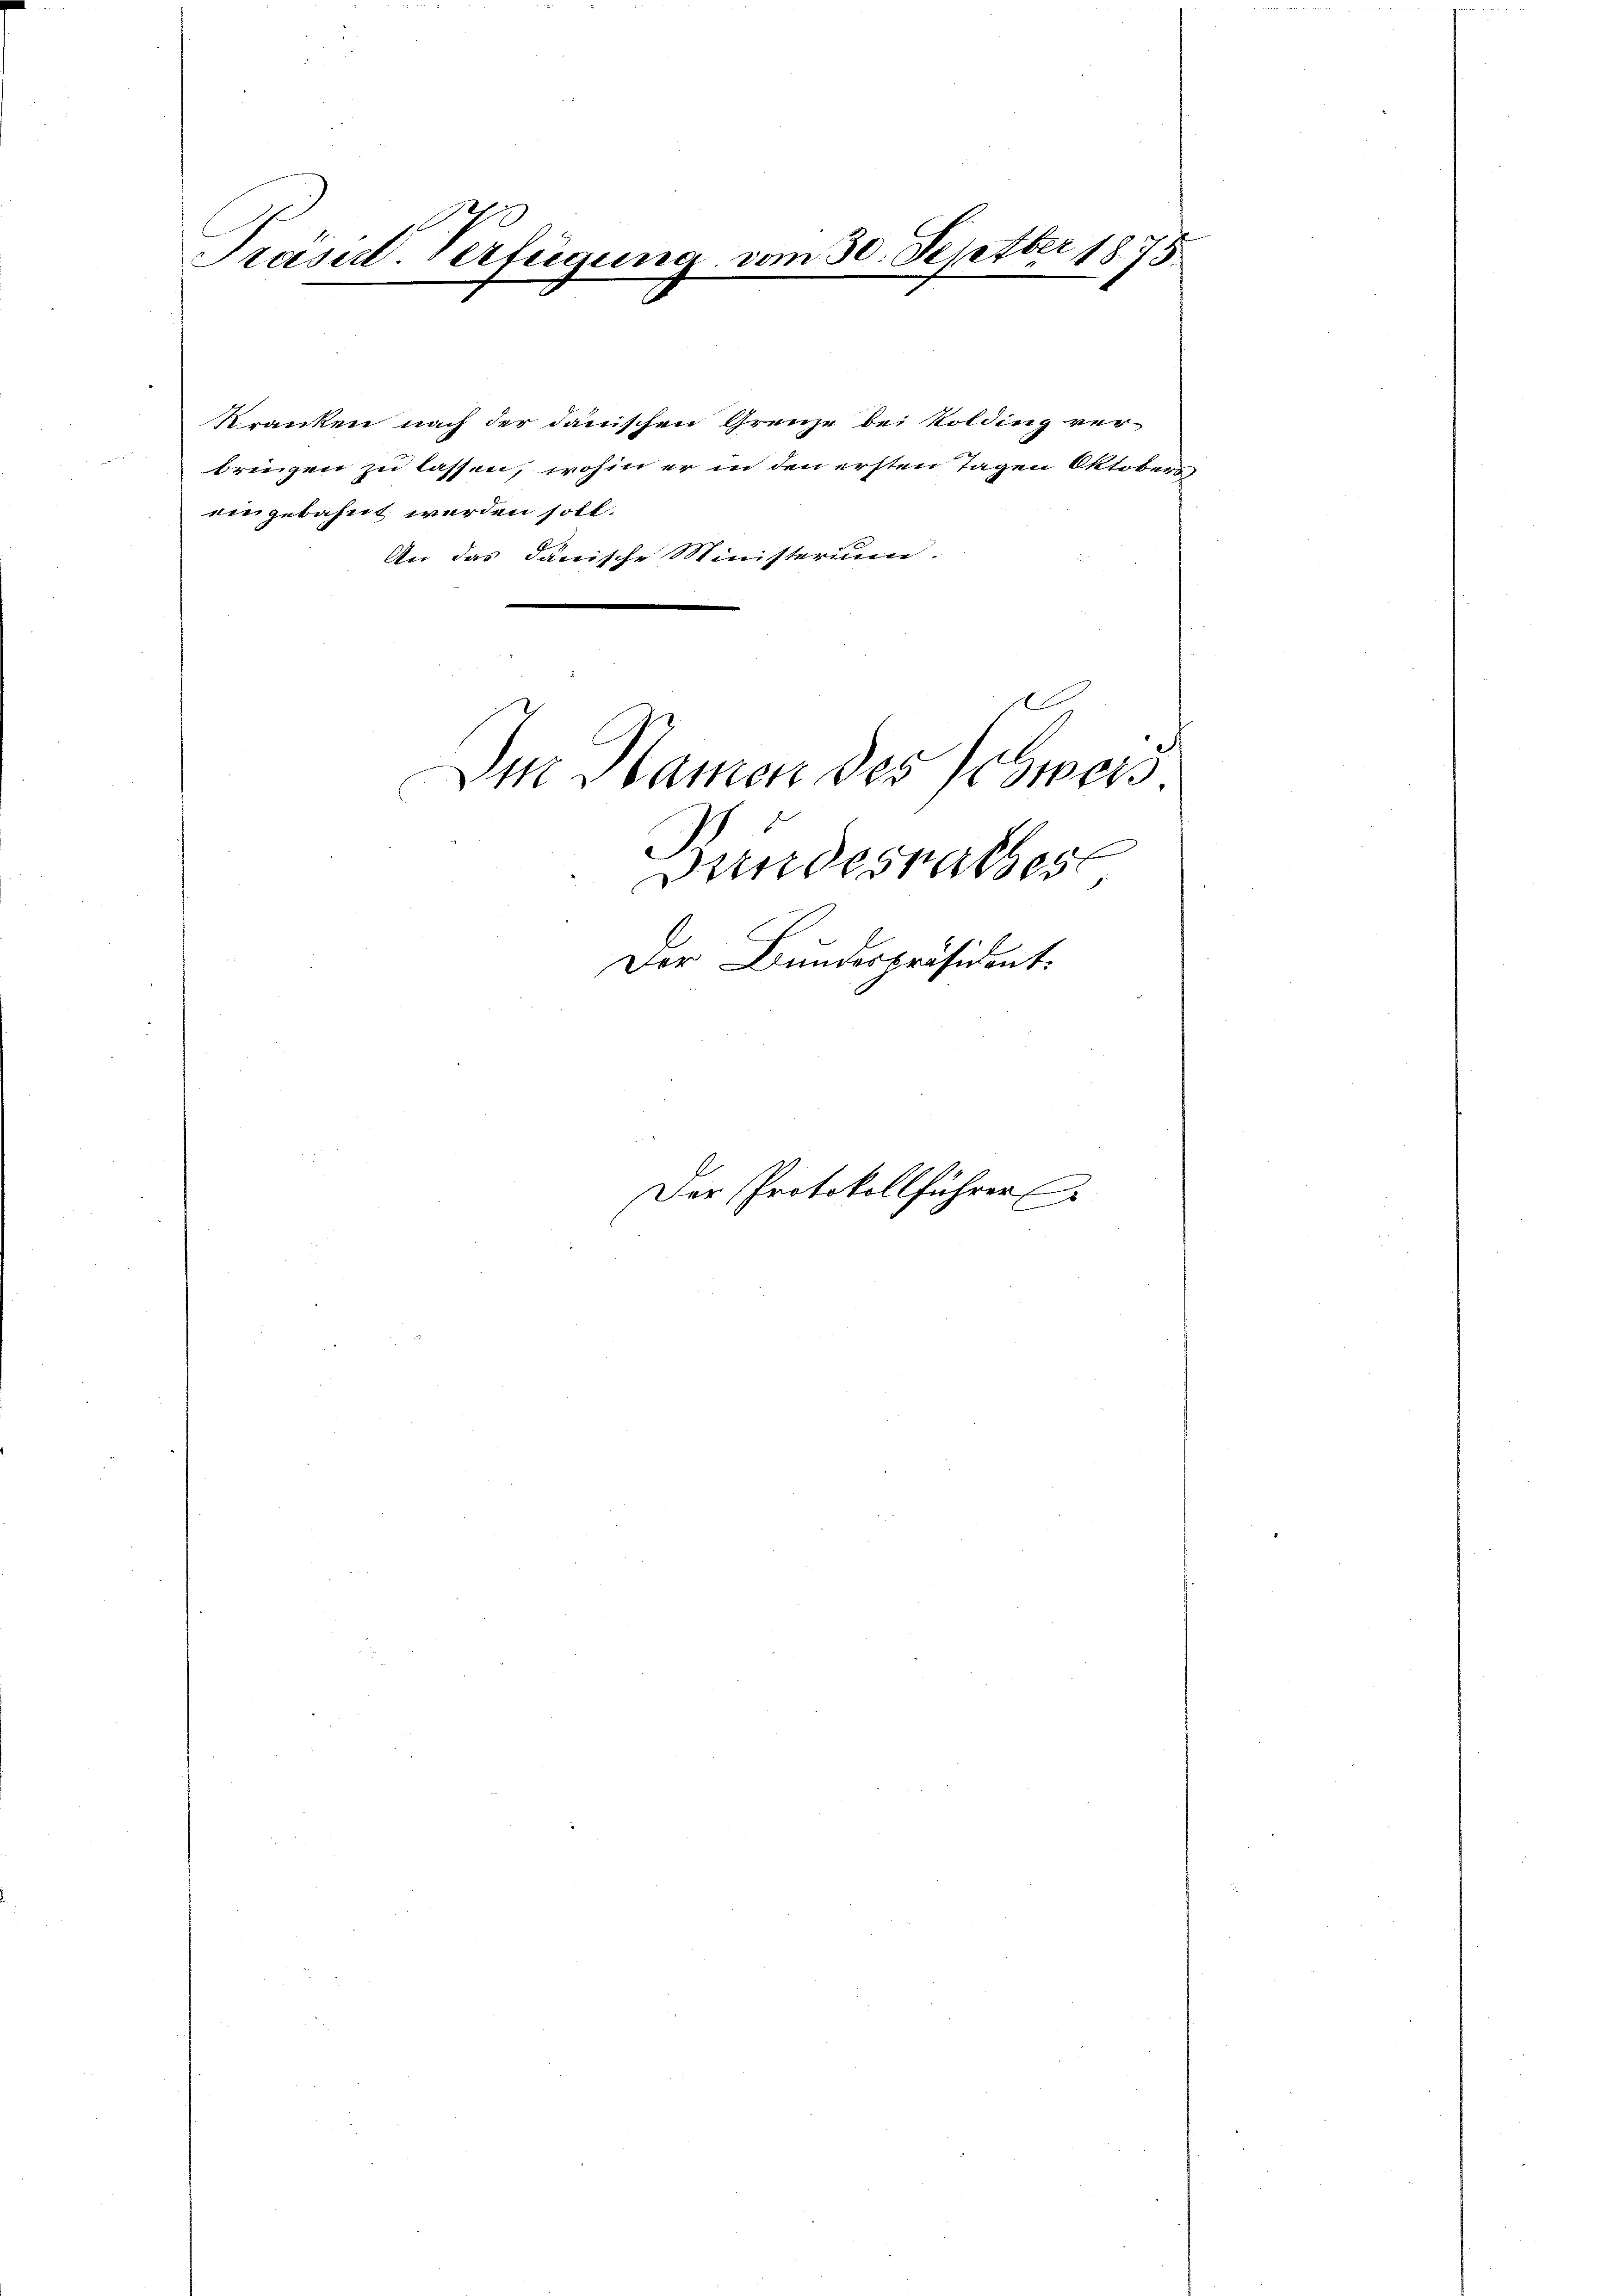
Präsid. Verfügung vom 30. Septber 1875

Kranken nach der danischen Grenze bei Kolding verbringen zu lassen, wohin er in den ersten Tagen Oktobers
eingebahnt werden soll.
An das Janische Ministerium.
Im Namen des Schweis
undesrathes
.
Der Bundespräsident:

Der Protokollführer